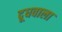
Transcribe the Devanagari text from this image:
दूधवाला